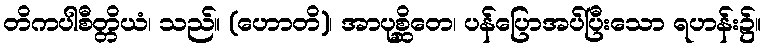
တိကပါစီတ္တိယံ၊ သည်။ (ဟောတိ)၊ အာပုစ္ဆိတေ၊ ပန်ပြောအပ်ပြီးသော ရဟန်း၌။